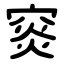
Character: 䆦